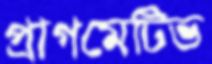
প্রাগমেটিভ